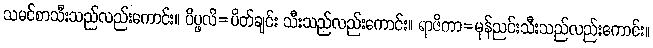
သမင်စာသီးသည်လည်းကောင်း။ ပိပ္ဖလိ=ပိတ်ချင်း သီးသည်လည်းကောင်း။ ရာဇိကာ=မုန်ညင်းသီးသည်လည်းကောင်း။